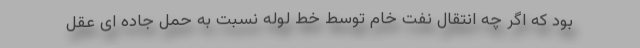
بود که اگر چه انتقال نفت خام توسط خط لوله نسبت به حمل جاده ای عقل